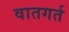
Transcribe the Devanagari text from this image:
वातगर्त